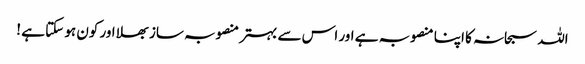
اللہ سبحانہ کا اپنا منصوبہ ہے اور اس سے بہتر منصوبہ ساز بھلا اور کون ہو سکتا ہے !